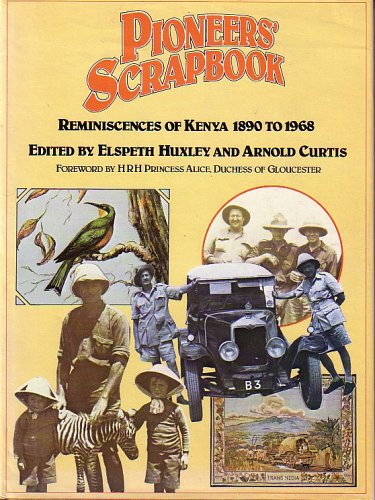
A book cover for PIONEERS' SCRAPBOOK: Reminiscences of Kenya 1890-1968; History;